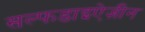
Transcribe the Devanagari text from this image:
सल्फडाइऐज़ीन